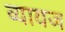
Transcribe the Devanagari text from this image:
व्‍यायज